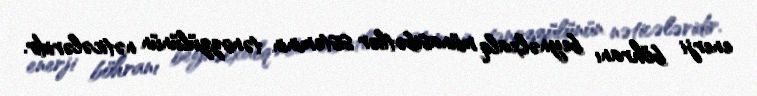
enerji böhranı beynəlxalq münasibətlər sisteminin tənəzzülünün nəticələridir.